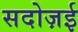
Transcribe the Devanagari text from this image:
सदोज़ई